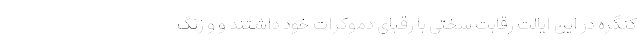
کنگره در این ایالت رقابت سختی با رقبای دموکرات خود داشتند و و زنگ